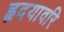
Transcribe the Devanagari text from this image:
हृदयावरि